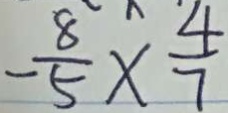
- \frac { 8 } { 5 } \times \frac { 4 } { 7 }